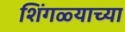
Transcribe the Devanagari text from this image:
शिंगळ्याच्या